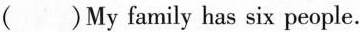
( )My family has six people.